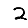
Digit: 2